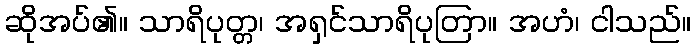
ဆိုအပ်၏။ သာရိပုတ္တ၊ အရှင်သာရိပုတြာ။ အဟံ၊ ငါသည်။